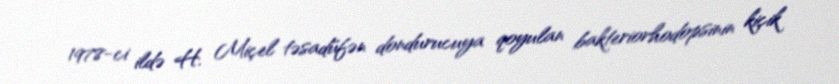
1978-ci ildə H. Miçel təsadüfən dondurucuya qoyulan bakteriorhodopsinin kiçik